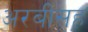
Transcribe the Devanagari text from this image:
अरबीसह